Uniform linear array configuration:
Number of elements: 48
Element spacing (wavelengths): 1
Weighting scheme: binomial
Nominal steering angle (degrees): -45
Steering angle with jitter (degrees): -46.4
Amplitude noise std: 0.05
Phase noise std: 0.05

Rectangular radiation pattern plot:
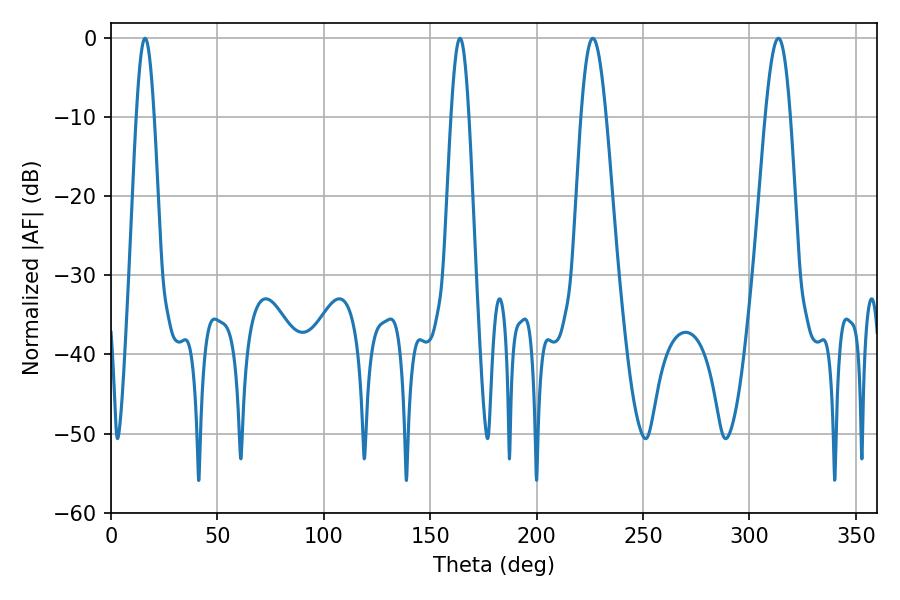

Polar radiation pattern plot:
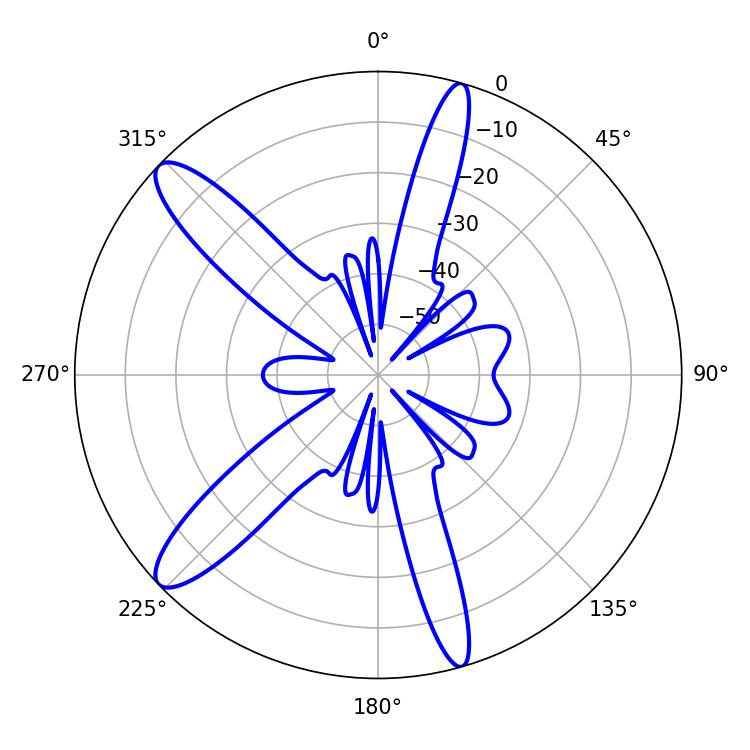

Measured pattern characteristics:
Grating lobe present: TRUE
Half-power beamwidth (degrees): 4.32
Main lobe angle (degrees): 16.02